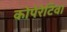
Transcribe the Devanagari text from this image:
कोपेरेटिवा